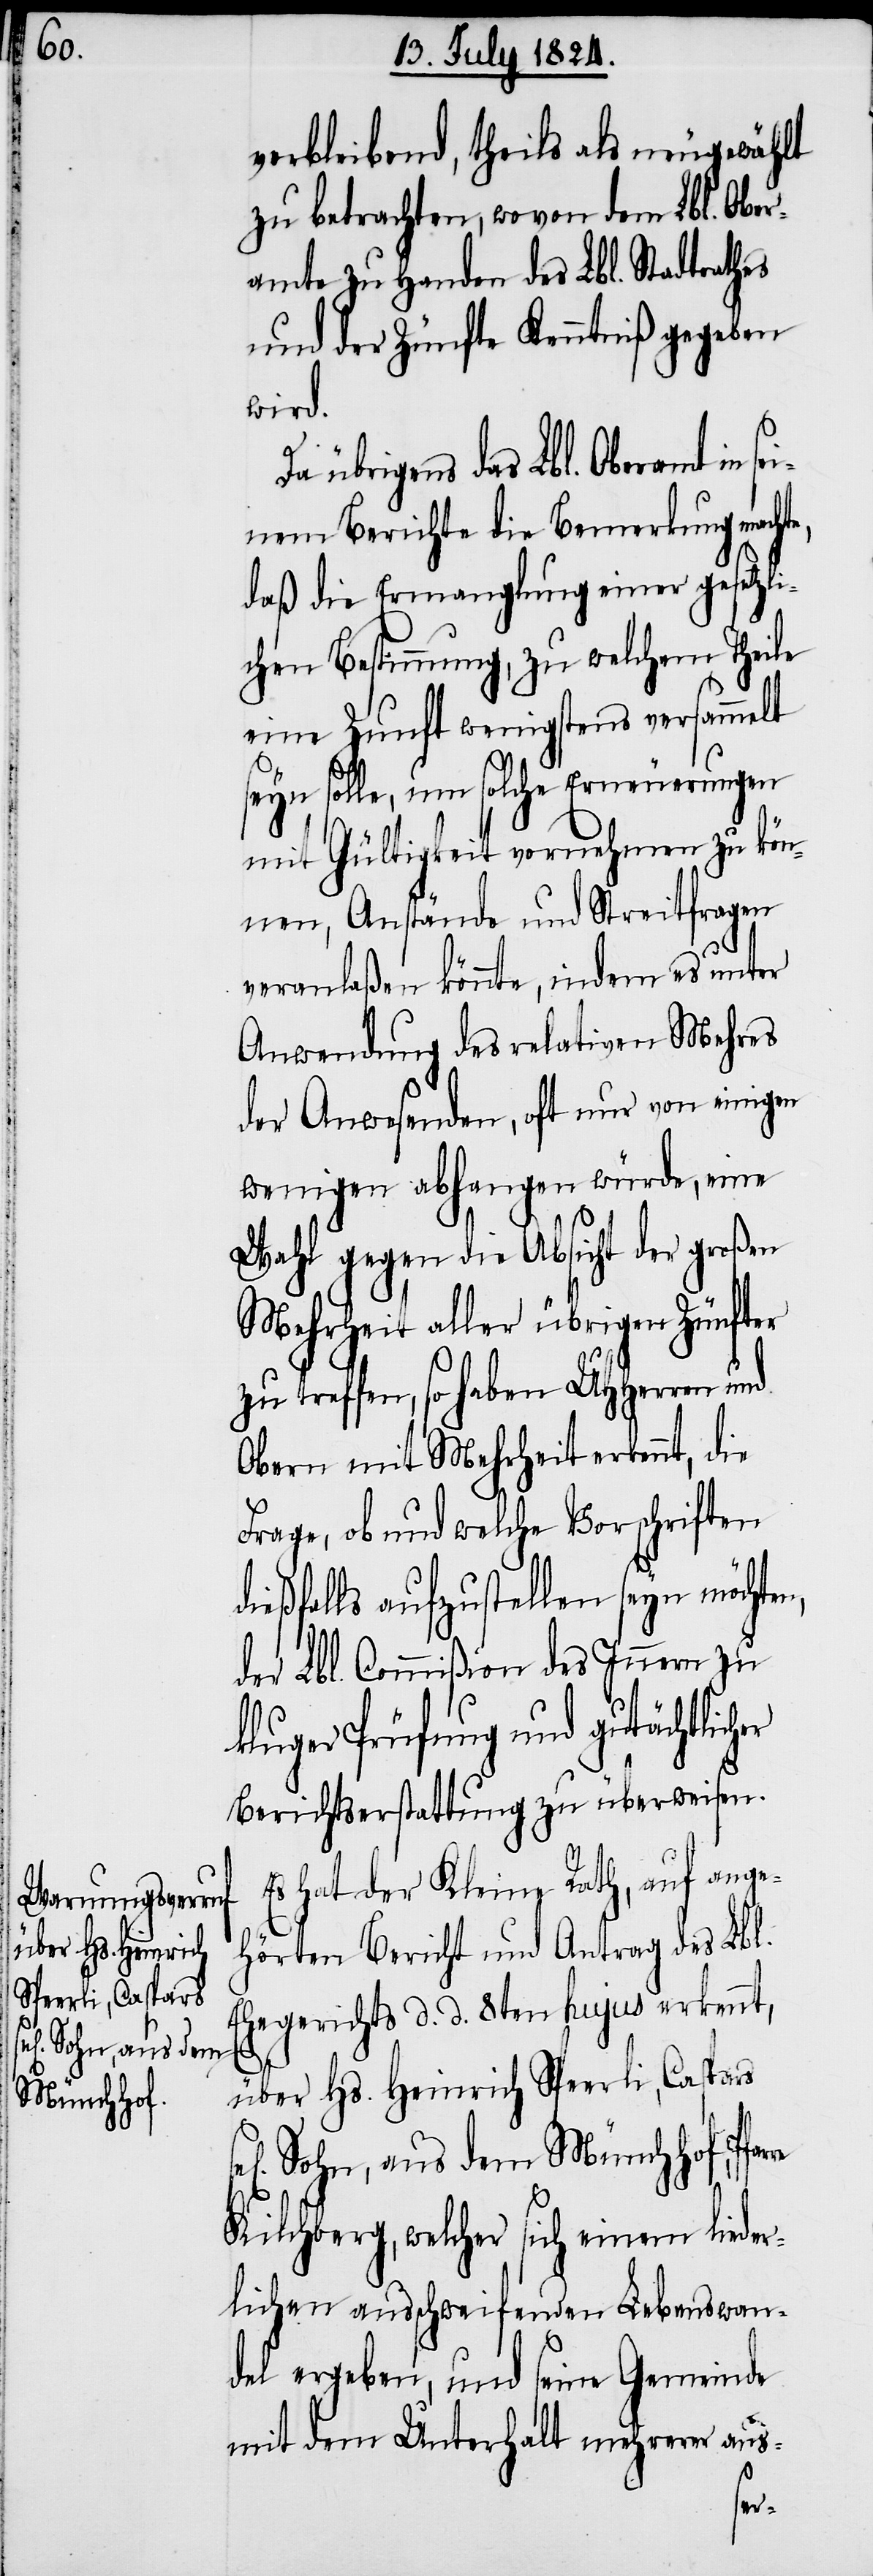
sel[igen] aus dem
Münchhof,

verbleibend, theils als neugewählt
zu betrachten, wovon dem Lbl. Ober¬
amte zu Handen des Lbl. Stadtrahtes
und der Zünfte Kenntniß gegeben
wird.
übrigens das Lbl. Oberamt in se¬
inem Berichte die Bemerkung machte,
daß die Ermanglung einer gesetzli¬
chen Bestimmung, zu welchem Theile
eine Zunft wenigstens versammelt
seyn solle, um solche Erneuerungen
mit Gültigkeit vornehmen zu kön¬
nen, Anstände und Streitfragen
veranlaßen könnte, indem es unter
Anwendung des relativen Mehres
der Anwesenden, oft nur von einigen
wenigen abhangen würde, eine
Wahl gegen die Absicht der großen
Mehrheit aller übrigen Zünfter
zu treffen, so haben UHHerren und
Obern mit Mehrheit erkennt, die
Frage, ob und welche Vorschriften
ießfalls aufzustellen seyn möchte¬
der Lbl. Commißion des Innern zu
kluger Prüfung und gutächtlicher
Berichtserstattung zu überweisen.
Es hat der Kleine Rath, auf ange¬
hörten Bericht und Antrag des Lbl.
Ehegerichts d. d. 8ten hujus erkennt,
d¬
über Hs. Heinrich Speerli, Caspars
Kilchberg, welcher sich einem lieder¬
lichen ausschweifenden Lebenswan¬
del ergeben, und seine Gemeinde
mit dem Unterhalt mehrerer aus-
n,